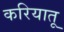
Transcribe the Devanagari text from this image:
करियातू